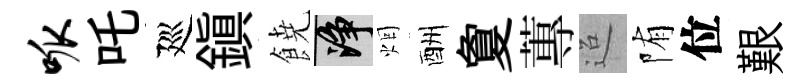
呱吒廵鎭𩜙净烟酬夐蓴迢陏位艱